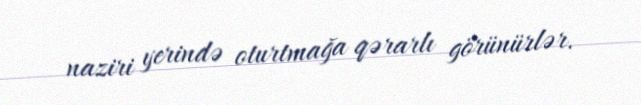
naziri yerində oturtmağa qərarlı görünürlər.